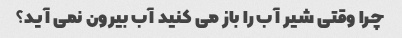
چرا وقتی شیر آب را باز می کنید آب بیرون نمی آید؟